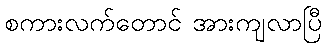
စကားလက်တောင် အားကျလာပြီ